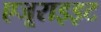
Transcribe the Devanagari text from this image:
एजूराइइट